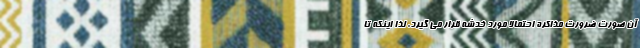
آن صورت ضرورت مذاکره احتمالا مورد خدشه قرار می گیرد. لذا اینکه تا